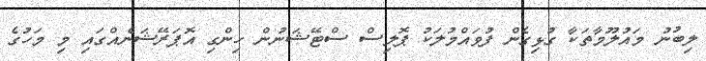
ލިބުނު މައުލޫމާތަކާ ގުޅިގެން ފުވައްމުލަކު ޕޮލިސް ސްޓޭޝަނުން ހިންގި އޮޕަރޭޝަނެއްގައި މި މަހުގެ